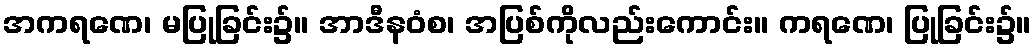
အကရဏေ၊ မပြုခြင်း၌။ အာဒီနဝံစ၊ အပြစ်ကိုလည်းကောင်း။ ကရဏေ၊ ပြုခြင်း၌။